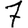
Digit: 7